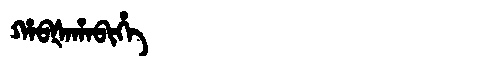
Manchu: ᡥᠠᠪᡧᠠᡥᠠᠪᡳᡥᡝ
Romanization: HABŠAHABIHE